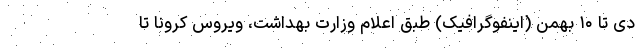
دی تا ۱۰ بهمن (اینفوگرافیک) طبق اعلام وزارت بهداشت، ویروس کرونا تا